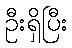
ဦးရှိပြီး